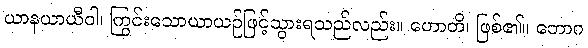
ယာနယာယီဝါ၊ ကြွင်းသောယာယဉ်ဖြင့်သွားရသည်လည်း။ ဟောတိ၊ ဖြစ်၏။ ဘောဂ